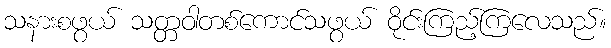
သနားစဖွယ် သတ္တဝါတစ်ကောင်သဖွယ် ဝိုင်းကြည့်ကြလေသည်။